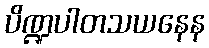
ပိဏ္ဍပါတသယနေန